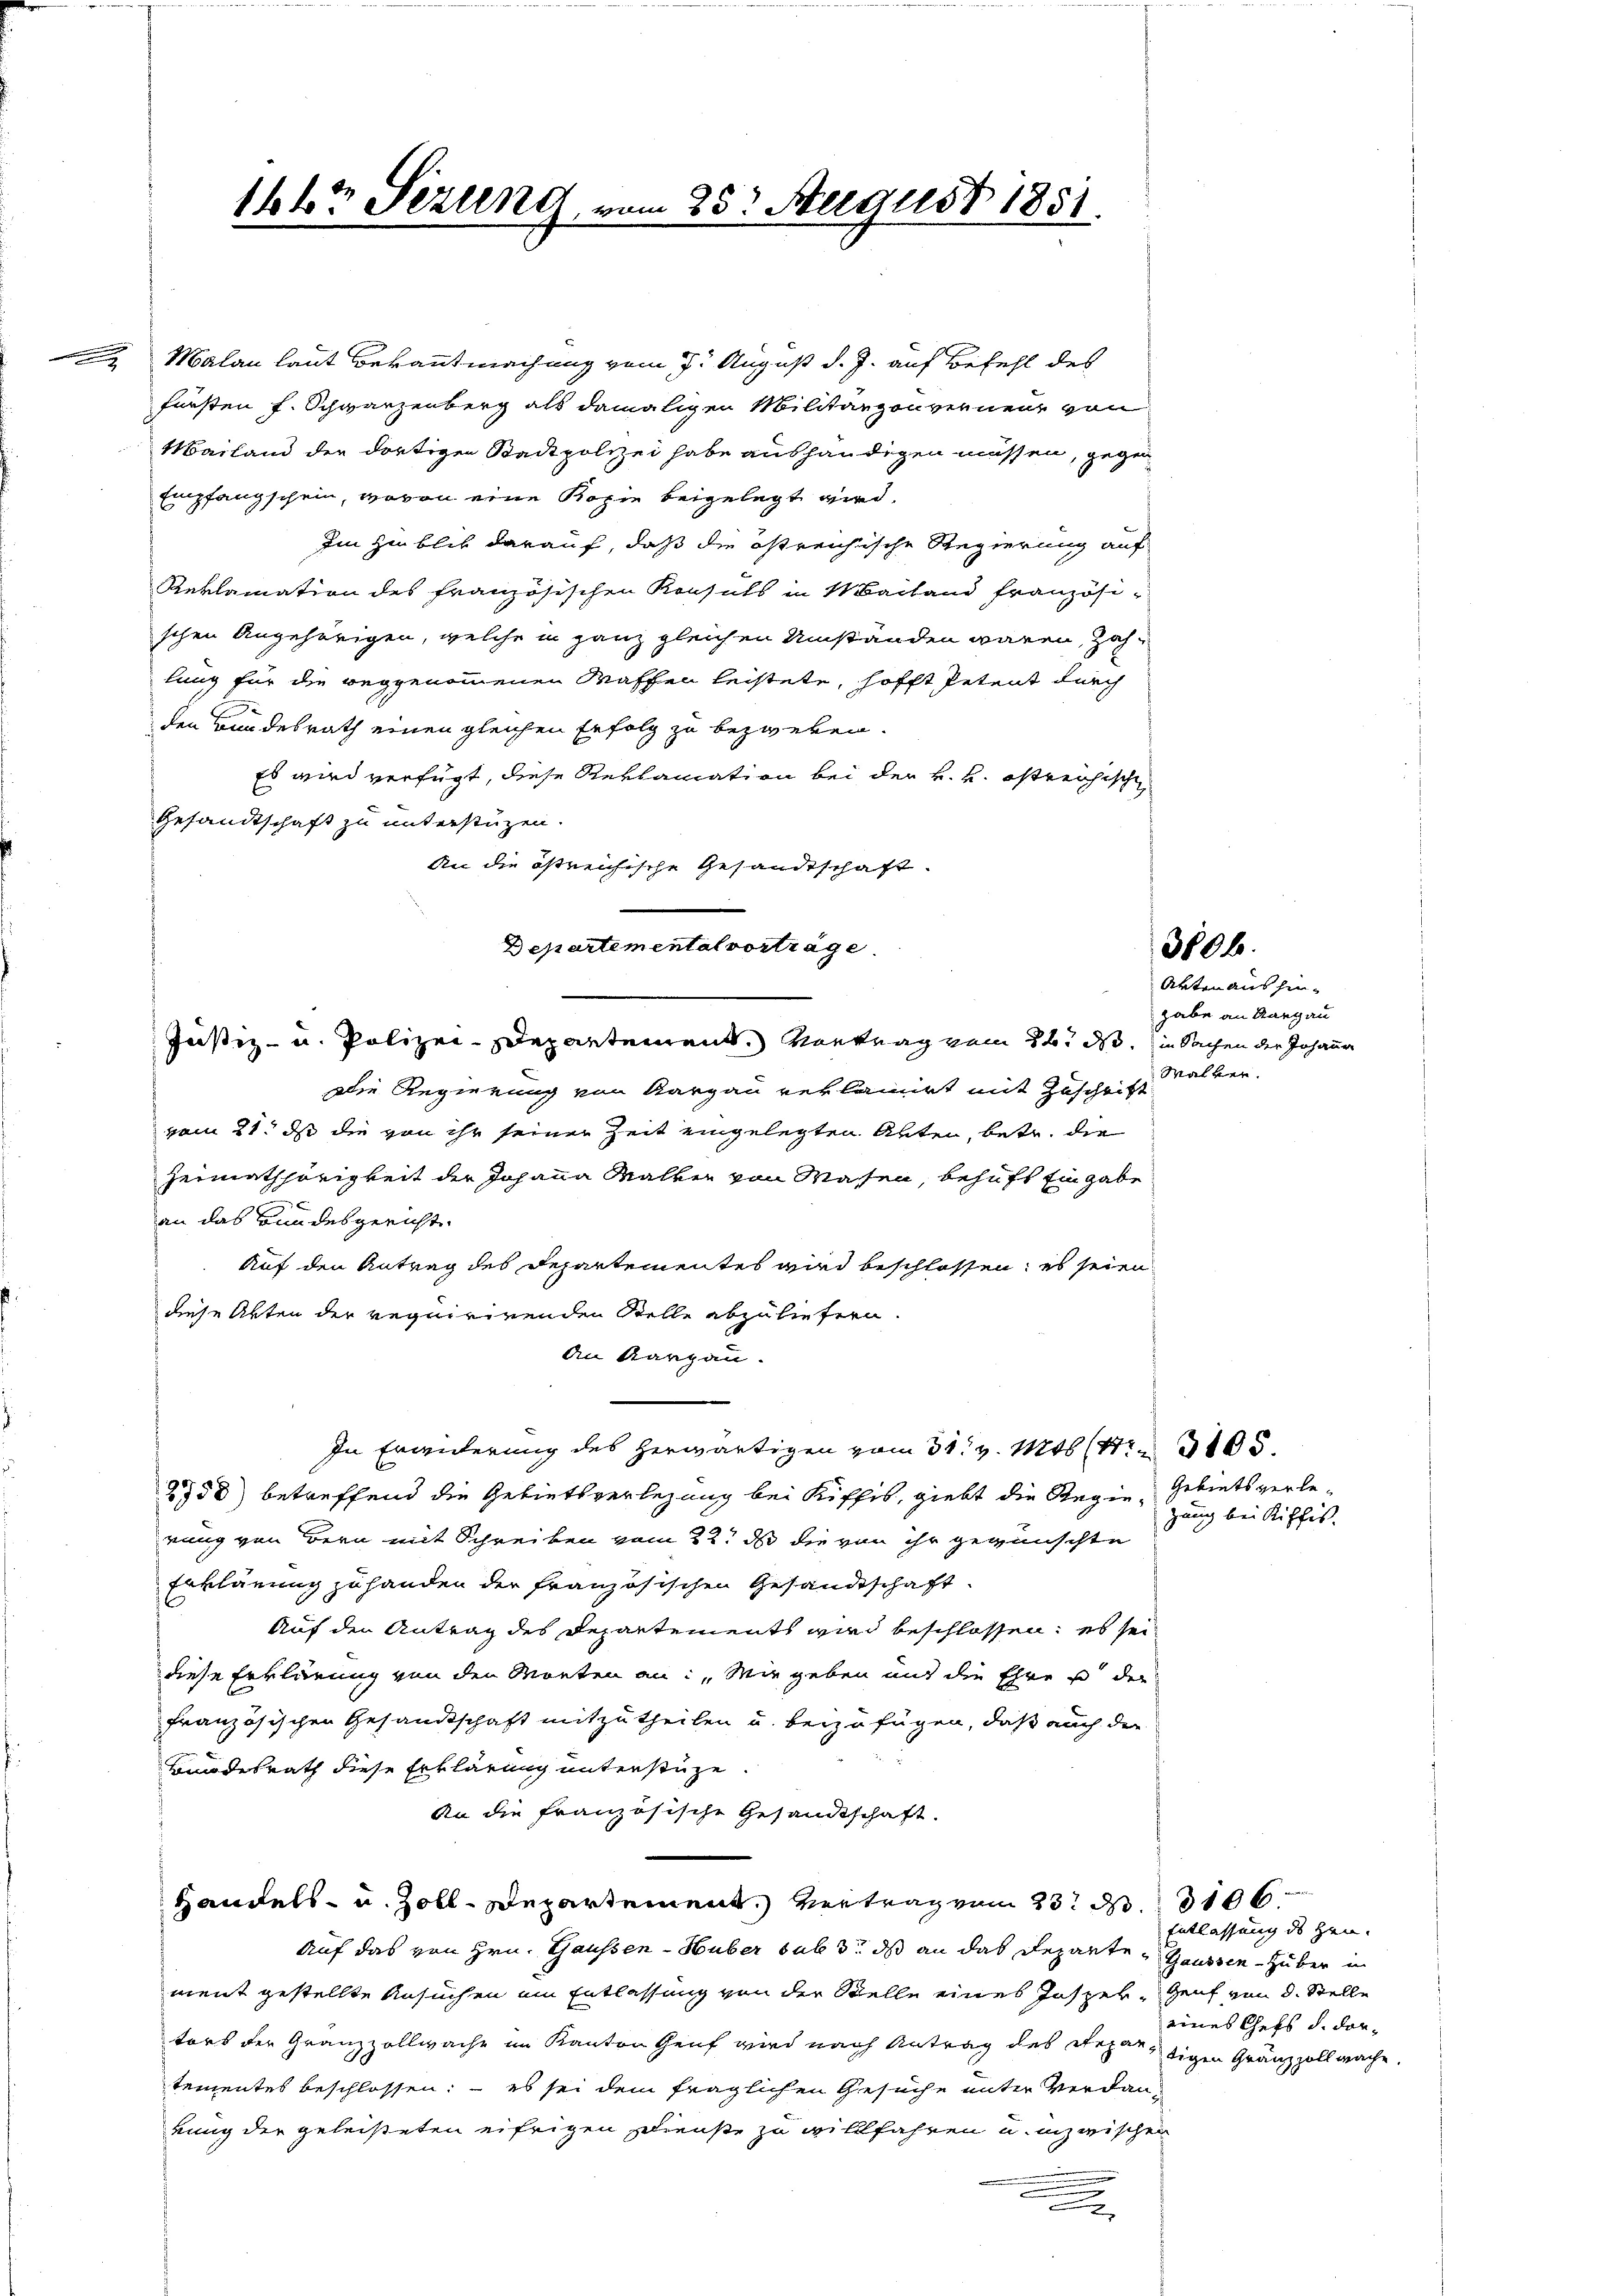
Malan laut Bekanntmachung vom 7. August d. J. auf Befehl des
fürsten f. Schwarzenberg als damaligen Militärgouverneur von
Mailand der dortigen Stadtpolizei habe aushändigen müssen, gegen
Empfangschein, wovon eine Kopie beigelegt wird.
Im Hinblik darauf, daß die östreichische Regierung auf
Reklamation des französischen Konsuls in Mailand französi-
schen Angehörigen, welche in ganz gleichen Umstanden wären, zahlung für die weggenommenen Waffen leistete, hofft Petent durch
den Bundesrath einen gleichen Erfolg zu bezweken.
Es wird verfügt, diese Reklamation bei der k. k. östreichisch
Gesandtschaft zu unterstüzen.
An die östreichische Gesandtschaft.
Departemental vorträge.
Justiz- u. Polizei-Departement. Vortrag vom 26. d. in Sachen der Johanne
Die Regierung von Aargau verlamirt mit Zuschrift
vom 21. ds die von ihr seiner Zeit eingelegten Akten, betr. die
Heimathörigkeit der Johanna Malter von Wasen, behufs Eingabe
an das Bundesgericht.
Auf den Antrag des Departementes wird beschlossen; es seien
diese Akten der requirirenden Stelle abzuliefern.
An Karpan.
In Erwiderung des herwärtigen vom 31. v. 146 (13105.
2558) betreffend die Gebietsverlegung bei Riffes, giebt die Regie- Gebiets verlerung von Bern mit Schreiben vom 22t d die von ihr gewünschte
Erklärung zu handen der französischen Gesandtschaft
Auf den Antrag des Departements wird beschlossen, es sei
diese Erklärung von den Worten an: „Wie geben und die Ehre u der
französischen Gesandtschaft mitzutheilen u. beizufügen, daß auch die
Bundesrath diese Erklärung unterstüze
An die französische Gesandtschaft.
Handels- u. Zoll-Departement. Vertrag vom 23. d. 106.
Auf das von Hrn. Gaussen - Huber sub 3. ds an das Departe Gaussen - Huber in
ment gestellte Ansuchen ein Entlassung von der Stelle eines Insper, Genf von d. Stelle
tors der Granzzollwache im Kanton Genf wird nach Antrag des Repartigen Gränzzoll mache.
tementes beschlossen; — es sei dem fraglichen Gesuche unter Verdankung der geleisteten eifrigen schienste zu willfahren u. inzwischen
.

1447 Sezung, vom 25t August 1851.

3806.

Arten aus hin-
gabe an Aargau
Walver.

gang bei Riffis

Entlassung des Heueines Chefs d. dor¬